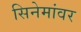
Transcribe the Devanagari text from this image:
सिनेमांवर